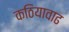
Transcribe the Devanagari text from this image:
कठियावाढ